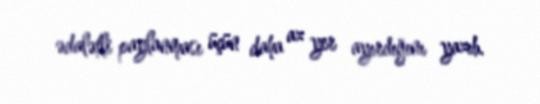
ədalətli paylanması üçün daha az yer ayırdığını yazıb.